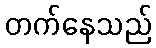
တက်နေသည်